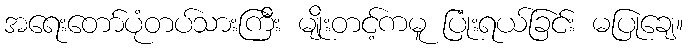
အရေးတော်ပုံတပ်သားကြီး မျိုးတင့်ကမူ ပြုံးရယ်ခြင်း မပြုချေ။